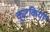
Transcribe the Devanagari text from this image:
कुटकियों